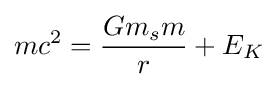
mc^{2}={\frac {Gm_{s}m}{r}}+E_{K}